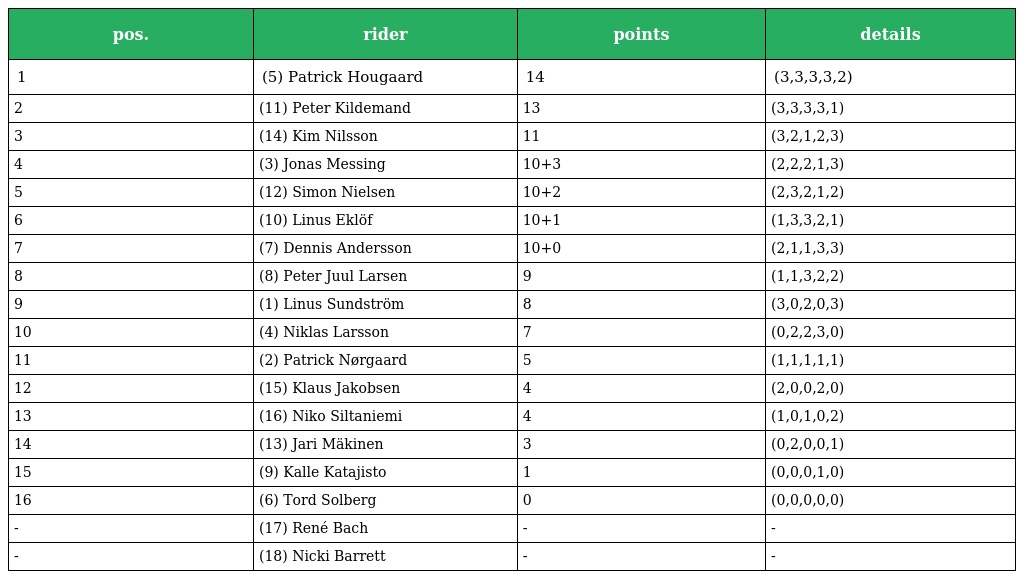
| pos. | rider | points | details |
 | --- | --- | --- | --- |
 | 1 | (5) Patrick Hougaard | 14 | (3,3,3,3,2) |
 | 2 | (11) Peter Kildemand | 13 | (3,3,3,3,1) |
 | 3 | (14) Kim Nilsson | 11 | (3,2,1,2,3) |
 | 4 | (3) Jonas Messing | 10+3 | (2,2,2,1,3) |
 | 5 | (12) Simon Nielsen | 10+2 | (2,3,2,1,2) |
 | 6 | (10) Linus Eklöf | 10+1 | (1,3,3,2,1) |
 | 7 | (7) Dennis Andersson | 10+0 | (2,1,1,3,3) |
 | 8 | (8) Peter Juul Larsen | 9 | (1,1,3,2,2) |
 | 9 | (1) Linus Sundström | 8 | (3,0,2,0,3) |
 | 10 | (4) Niklas Larsson | 7 | (0,2,2,3,0) |
 | 11 | (2) Patrick Nørgaard | 5 | (1,1,1,1,1) |
 | 12 | (15) Klaus Jakobsen | 4 | (2,0,0,2,0) |
 | 13 | (16) Niko Siltaniemi | 4 | (1,0,1,0,2) |
 | 14 | (13) Jari Mäkinen | 3 | (0,2,0,0,1) |
 | 15 | (9) Kalle Katajisto | 1 | (0,0,0,1,0) |
 | 16 | (6) Tord Solberg | 0 | (0,0,0,0,0) |
 | - | (17) René Bach | - | - |
 | - | (18) Nicki Barrett | - | - |